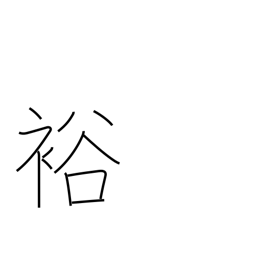
Meaning: fertile